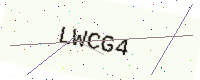
Text: LWCG4